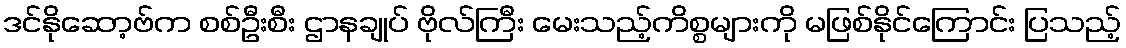
ဒင်နိုဆော့ဗ်က စစ်ဦးစီး ဌာနချုပ် ဗိုလ်ကြီး မေးသည့်ကိစ္စများကို မဖြစ်နိုင်ကြောင်း ပြသည့်